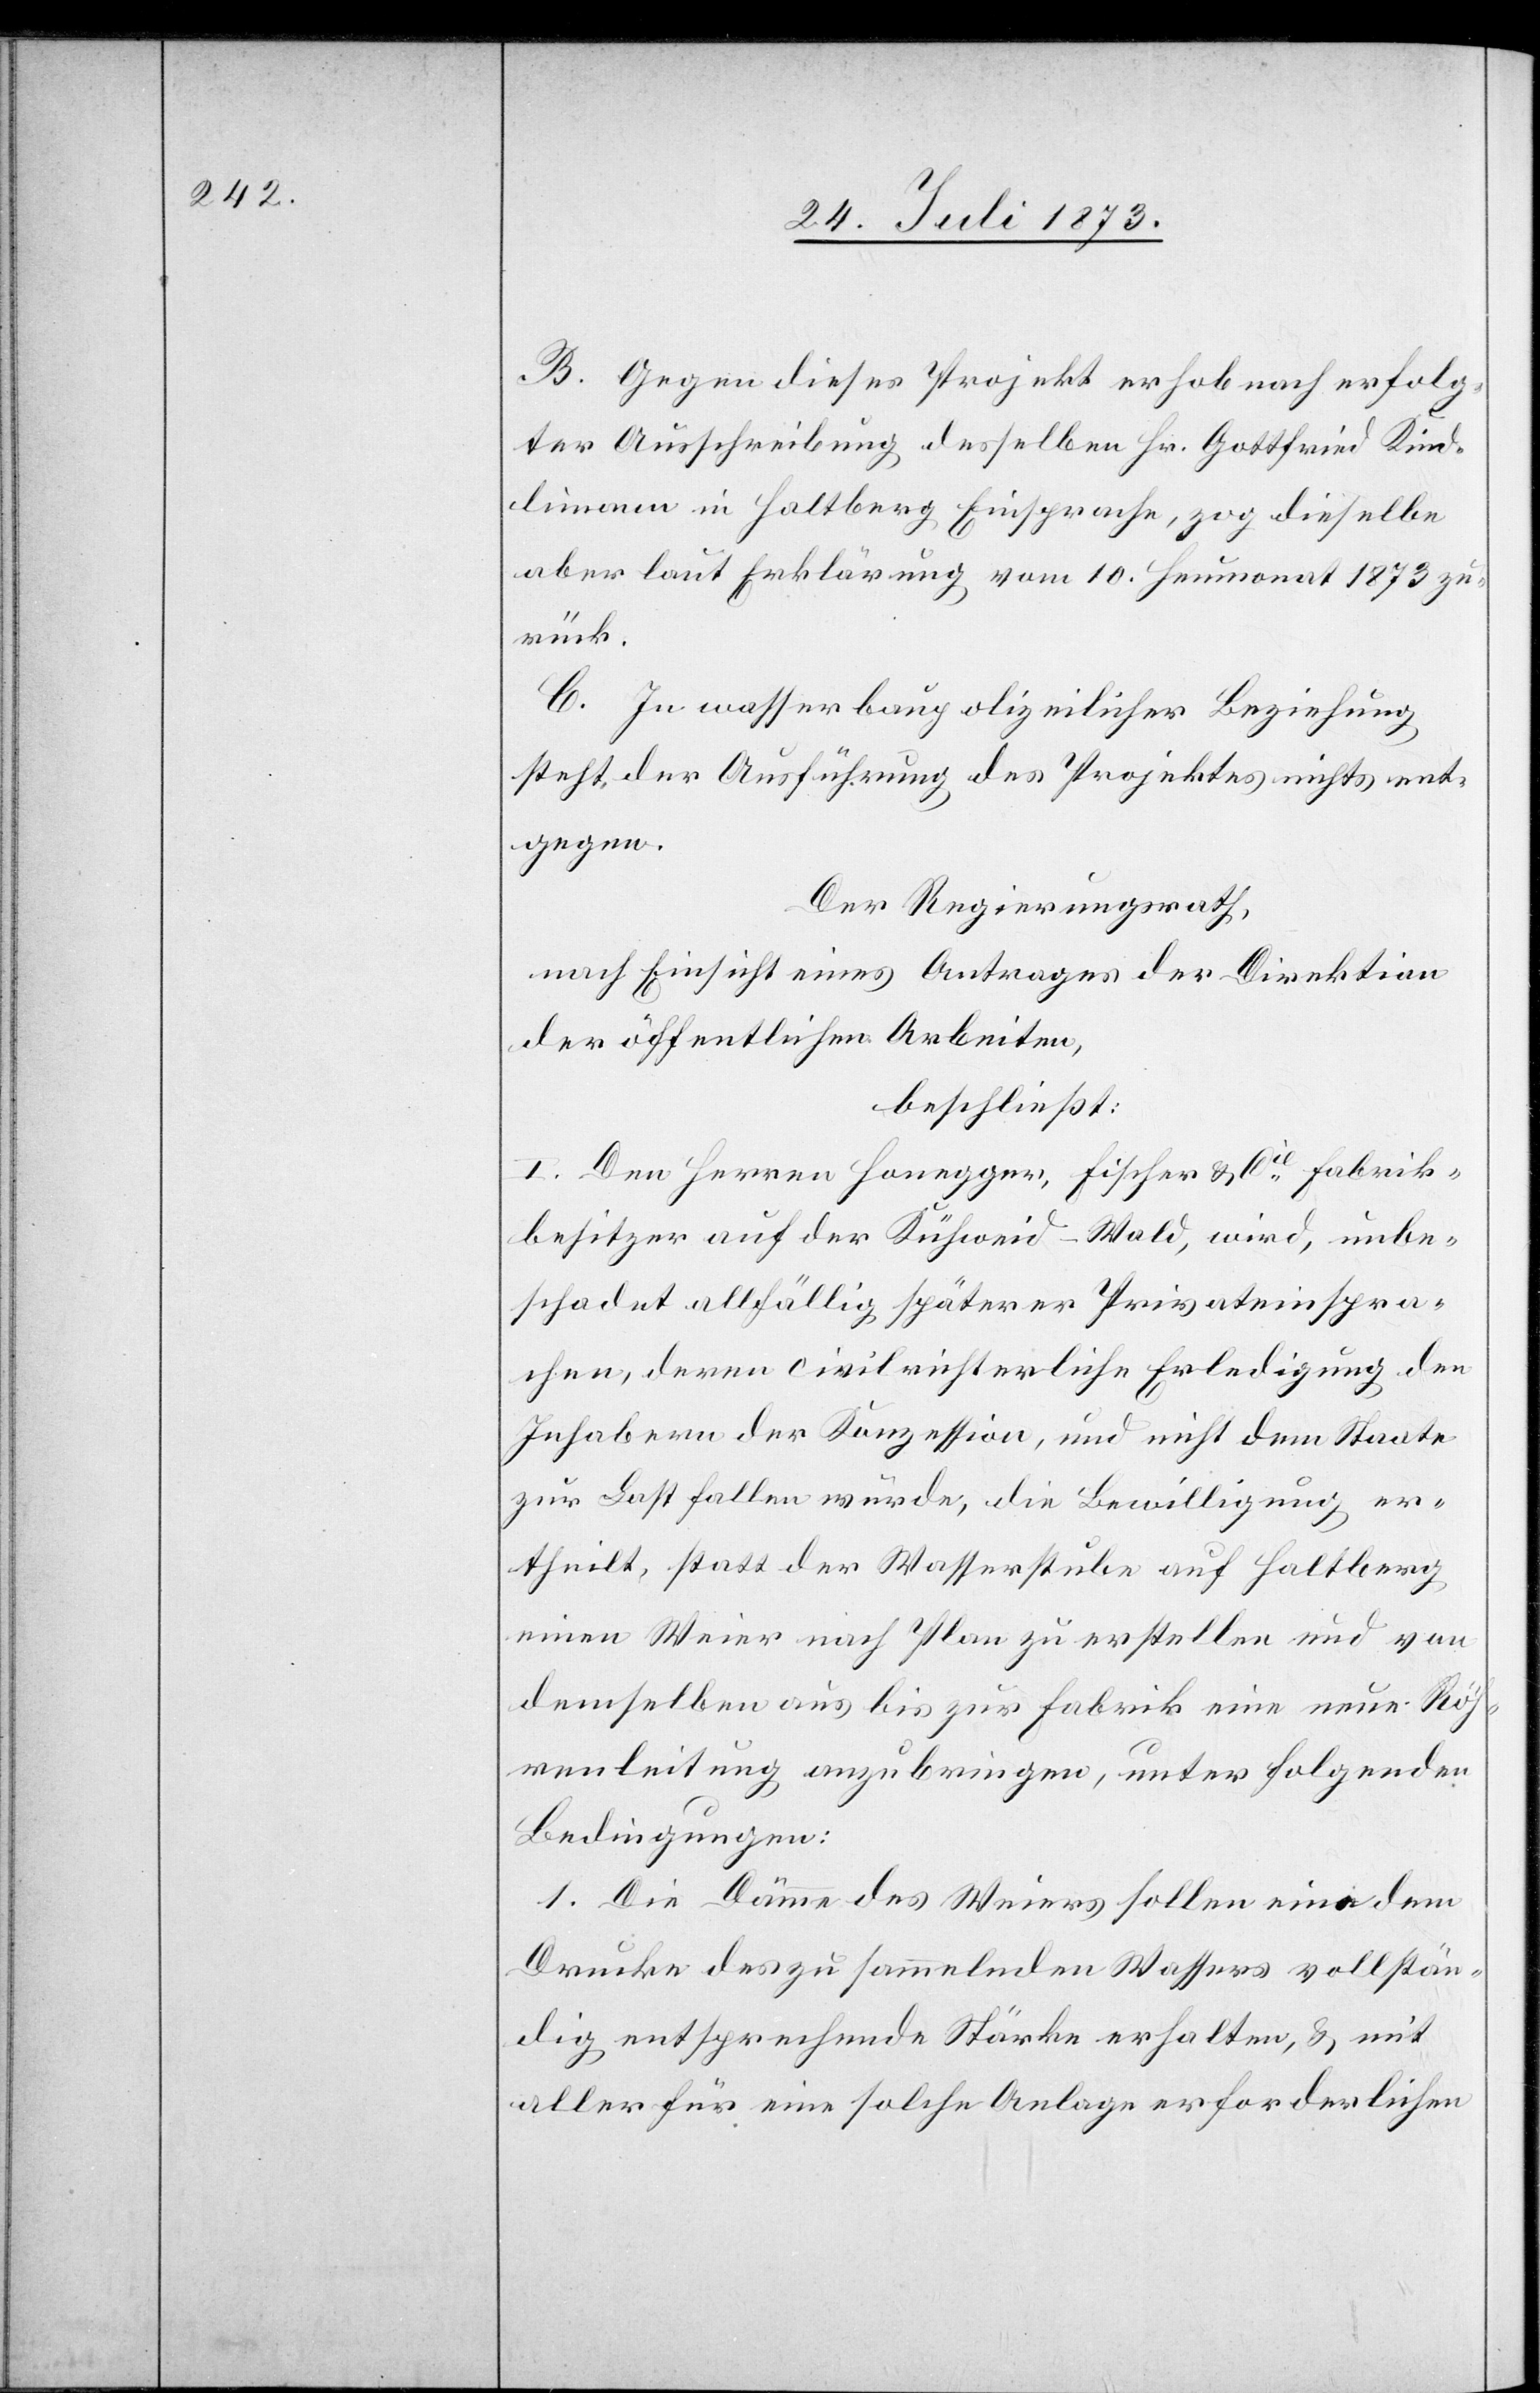
B. Gegen dieses Projekt erhob nach erfolg¬
ter Ausschreibung desselben Hr. Gottfried Kind¬
limann in Haltberg Einsprache, zog dieselbe
aber laut Erklärung vom 10. Heumonat 1873 zu¬
rück.
C. In wasserbaupolizeilicher Beziehung
steht der Ausführung des Projektes nichts ent¬
gegen.
Der Regierungsrath,
nach Einsicht eines Antrages der Direktion
der öffentlichen Arbeiten,
beschließt:
I. Den Herren Honegger, Fischer & Cie Fabrik¬
besitzer auf der Kühweid-Wald, wird, unbe¬
schadet allfällig späterer Privateinspra¬
chen, deren civilrichterliche Erledigung den
Inhabern der Konzession, und nicht dem Staate
zur Last fallen würde, die Bewilligung er¬
theilt, statt der Wasserstube auf Haltberg
einen Weier nach Plan zu erstellen und von
demselben aus bis zur Fabrik eine neue Röh¬
renleitung anzubringen unter folgenden
Bedingungen:
1. Die Dämme des Weiers sollen eine dem
Drucke des zu sammelnden Wassers vollstän¬
dig entsprechende Stärke erhalten, & mit
aller für eine solche Anlage erforderlichen